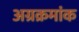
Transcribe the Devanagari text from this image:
अग्रक्रमांक